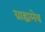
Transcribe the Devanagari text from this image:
ग्राह्यमेव